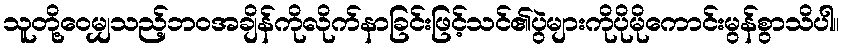
သူတို့ဝေမျှသည့်ဘဝအချိန်ကိုလိုက်နာခြင်းဖြင့်သင်၏ပွဲများကိုပိုမိုကောင်းမွန်စွာသိပါ။